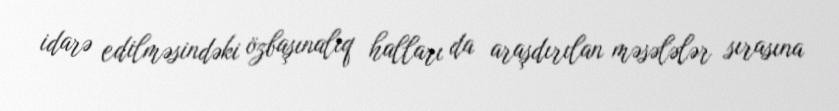
idarə edilməsindəki özbaşınalıq halları da araşdırılan məsələlər sırasına